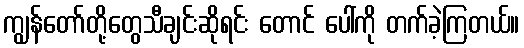
ကျွန်တော်တို့တွေသီချင်းဆိုရင်း တောင် ပေါ်ကို တက်ခဲ့ကြတယ်။